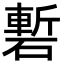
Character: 磛